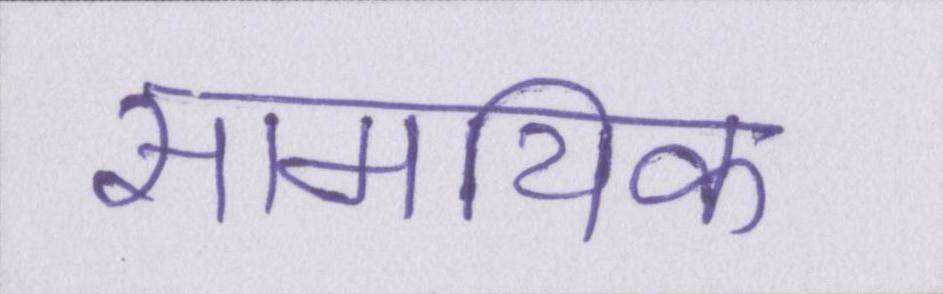
सामयिक